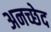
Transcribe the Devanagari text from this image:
अनच्छेद